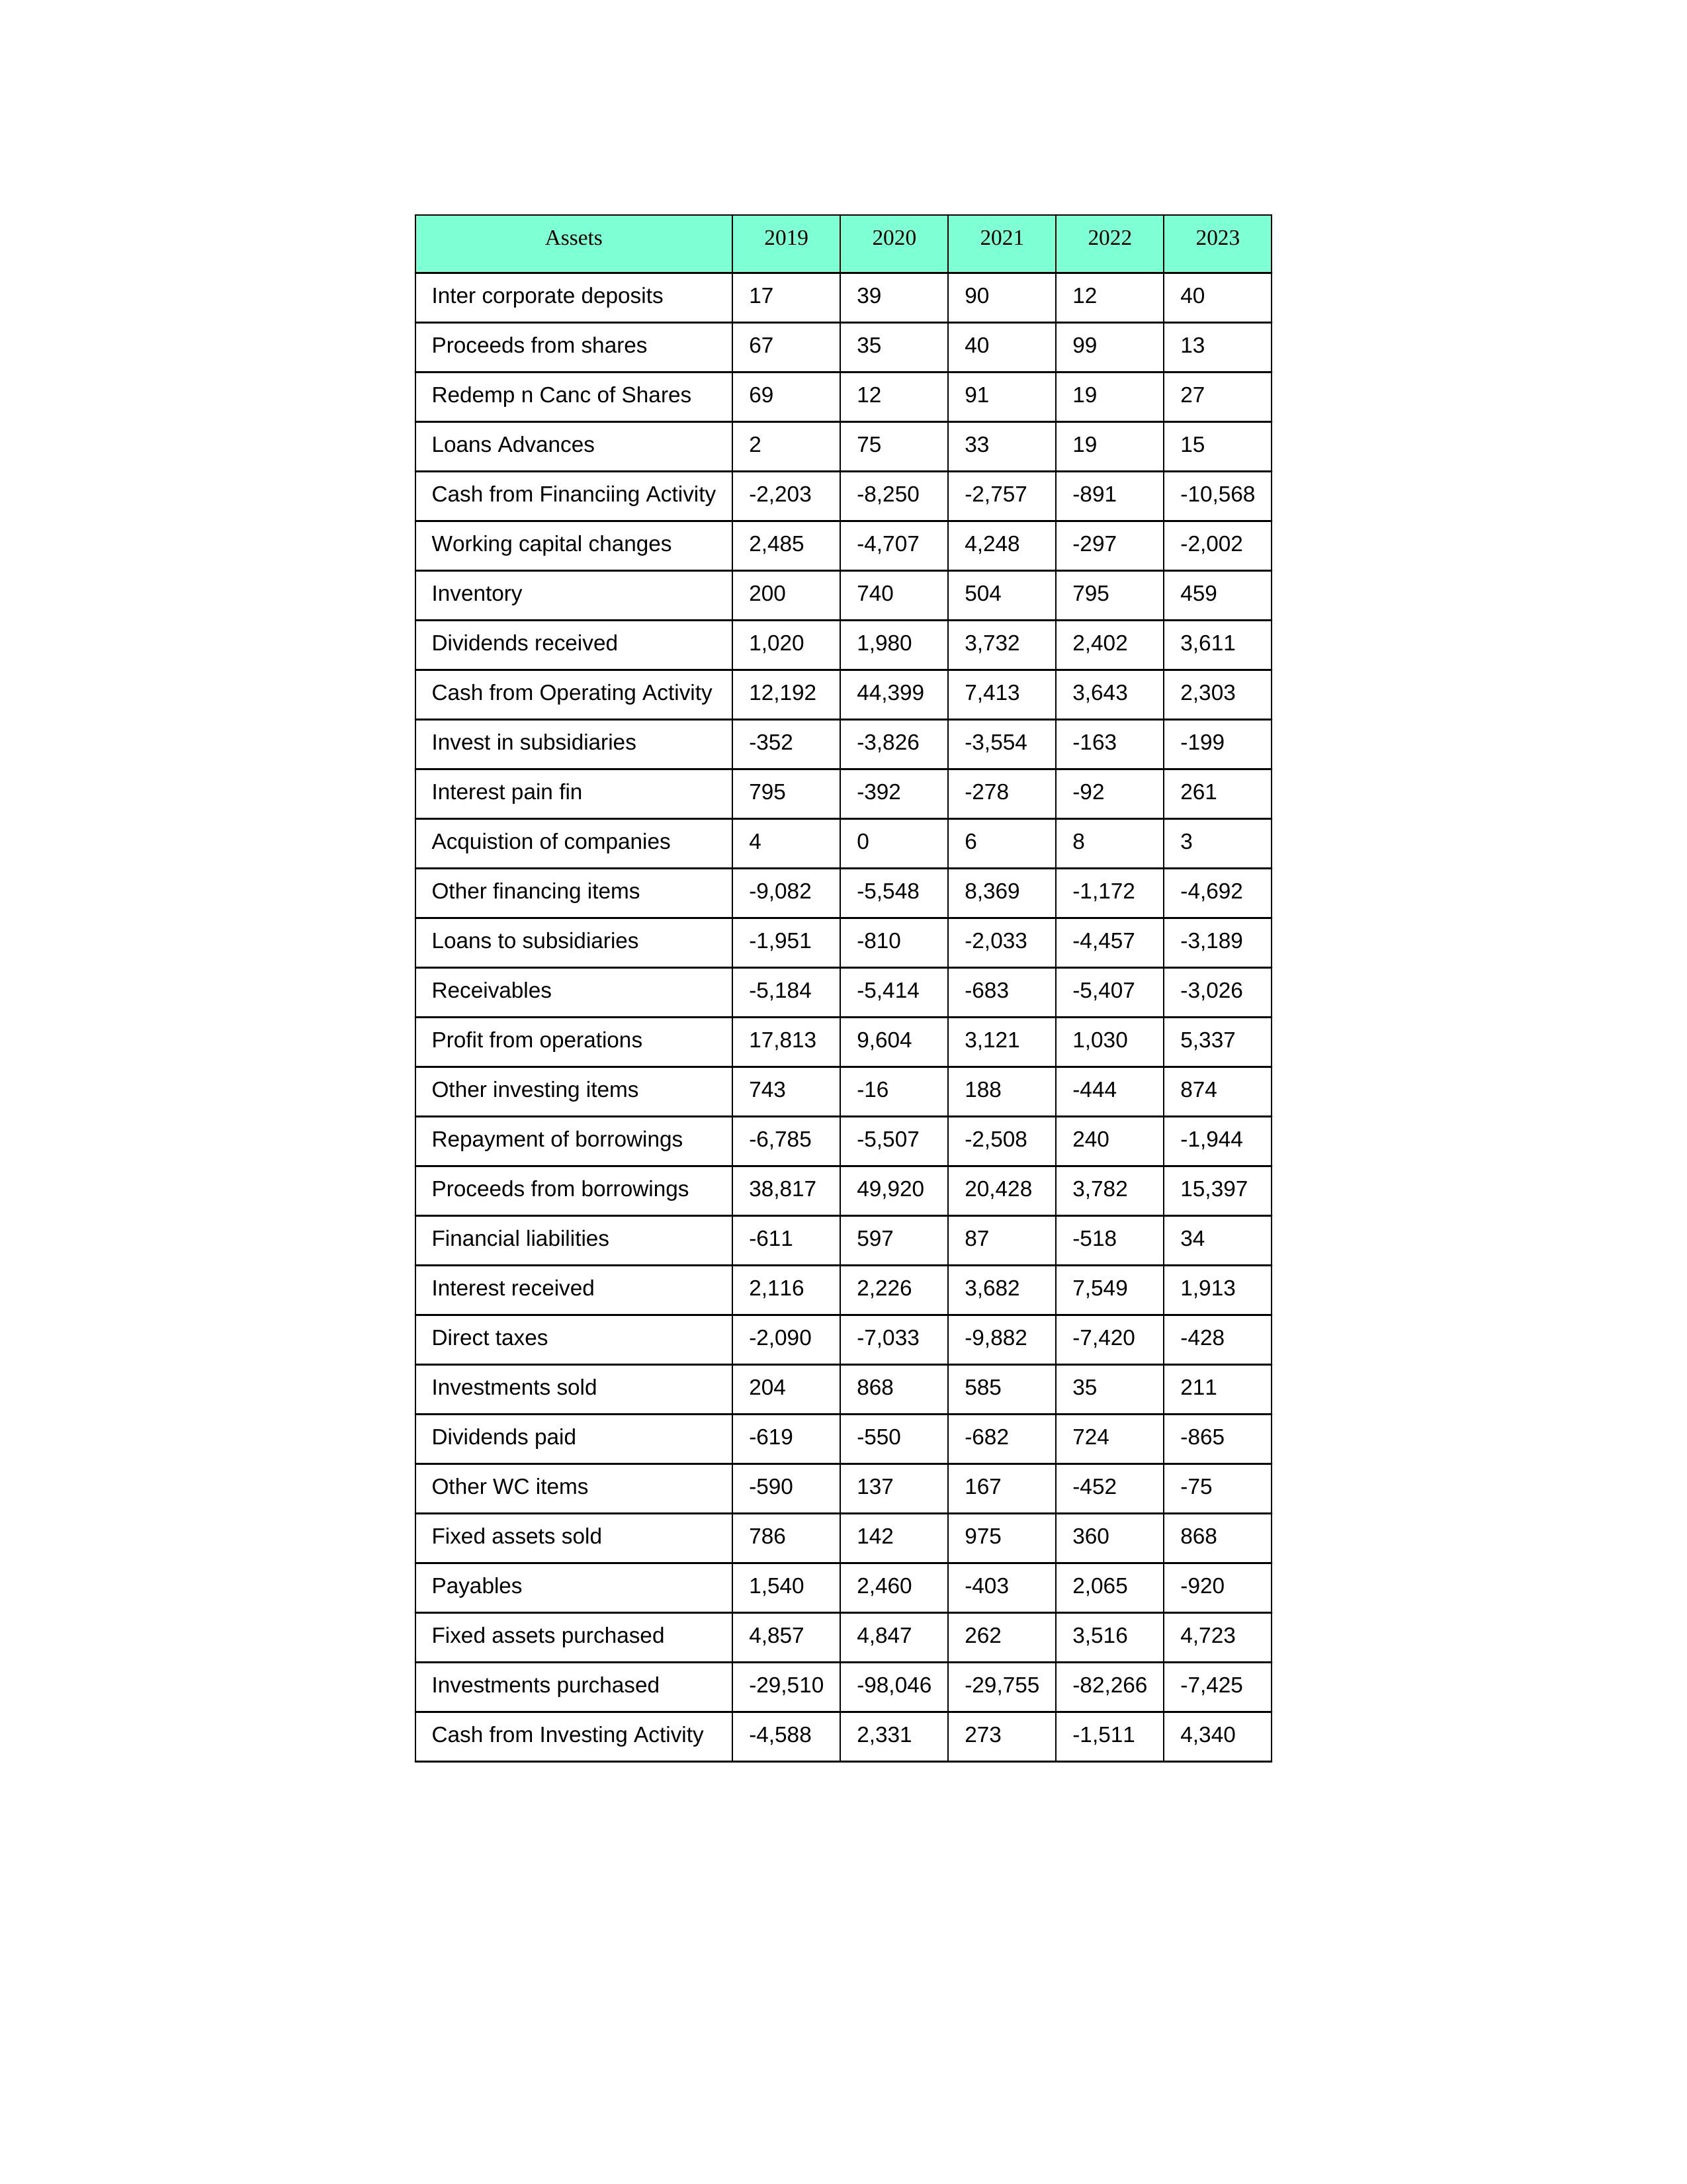
gt_parse: 2019: Cash from Operating Activity: 12,192
Profit from operations: 17,813
Receivables: -5,184
Inventory: 200
Payables: 1,540
Loans Advances: 2
Other WC items: -590
Working capital changes: 2,485
Direct taxes: -2,090
Cash from Investing Activity: -4,588
Fixed assets purchased: 4,857
Fixed assets sold: 786
Investments purchased: -29,510
Investments sold: 204
Interest received: 2,116
Dividends received: 1,020
Invest in subsidiaries: -352
Loans to subsidiaries: -1,951
Redemp n Canc of Shares: 69
Acquistion of companies: 4
Inter corporate deposits: 17
Other investing items: 743
Cash from Financiing Activity: -2,203
Proceeds from shares: 67
Proceeds from borrowings: 38,817
Repayment of borrowings: -6,785
Interest pain fin: 795
Dividends paid: -619
Financial liabilities: -611
Other financing items: -9,082
2020: Cash from Operating Activity: 44,399
Profit from operations: 9,604
Receivables: -5,414
Inventory: 740
Payables: 2,460
Loans Advances: 75
Other WC items: 137
Working capital changes: -4,707
Direct taxes: -7,033
Cash from Investing Activity: 2,331
Fixed assets purchased: 4,847
Fixed assets sold: 142
Investments purchased: -98,046
Investments sold: 868
Interest received: 2,226
Dividends received: 1,980
Invest in subsidiaries: -3,826
Loans to subsidiaries: -810
Redemp n Canc of Shares: 12
Acquistion of companies: 0
Inter corporate deposits: 39
Other investing items: -16
Cash from Financiing Activity: -8,250
Proceeds from shares: 35
Proceeds from borrowings: 49,920
Repayment of borrowings: -5,507
Interest pain fin: -392
Dividends paid: -550
Financial liabilities: 597
Other financing items: -5,548
2021: Cash from Operating Activity: 7,413
Profit from operations: 3,121
Receivables: -683
Inventory: 504
Payables: -403
Loans Advances: 33
Other WC items: 167
Working capital changes: 4,248
Direct taxes: -9,882
Cash from Investing Activity: 273
Fixed assets purchased: 262
Fixed assets sold: 975
Investments purchased: -29,755
Investments sold: 585
Interest received: 3,682
Dividends received: 3,732
Invest in subsidiaries: -3,554
Loans to subsidiaries: -2,033
Redemp n Canc of Shares: 91
Acquistion of companies: 6
Inter corporate deposits: 90
Other investing items: 188
Cash from Financiing Activity: -2,757
Proceeds from shares: 40
Proceeds from borrowings: 20,428
Repayment of borrowings: -2,508
Interest pain fin: -278
Dividends paid: -682
Financial liabilities: 87
Other financing items: 8,369
2022: Cash from Operating Activity: 3,643
Profit from operations: 1,030
Receivables: -5,407
Inventory: 795
Payables: 2,065
Loans Advances: 19
Other WC items: -452
Working capital changes: -297
Direct taxes: -7,420
Cash from Investing Activity: -1,511
Fixed assets purchased: 3,516
Fixed assets sold: 360
Investments purchased: -82,266
Investments sold: 35
Interest received: 7,549
Dividends received: 2,402
Invest in subsidiaries: -163
Loans to subsidiaries: -4,457
Redemp n Canc of Shares: 19
Acquistion of companies: 8
Inter corporate deposits: 12
Other investing items: -444
Cash from Financiing Activity: -891
Proceeds from shares: 99
Proceeds from borrowings: 3,782
Repayment of borrowings: 240
Interest pain fin: -92
Dividends paid: 724
Financial liabilities: -518
Other financing items: -1,172
2023: Cash from Operating Activity: 2,303
Profit from operations: 5,337
Receivables: -3,026
Inventory: 459
Payables: -920
Loans Advances: 15
Other WC items: -75
Working capital changes: -2,002
Direct taxes: -428
Cash from Investing Activity: 4,340
Fixed assets purchased: 4,723
Fixed assets sold: 868
Investments purchased: -7,425
Investments sold: 211
Interest received: 1,913
Dividends received: 3,611
Invest in subsidiaries: -199
Loans to subsidiaries: -3,189
Redemp n Canc of Shares: 27
Acquistion of companies: 3
Inter corporate deposits: 40
Other investing items: 874
Cash from Financiing Activity: -10,568
Proceeds from shares: 13
Proceeds from borrowings: 15,397
Repayment of borrowings: -1,944
Interest pain fin: 261
Dividends paid: -865
Financial liabilities: 34
Other financing items: -4,692